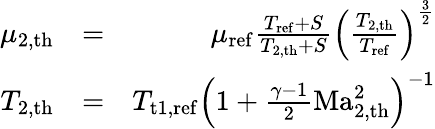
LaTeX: \begin{array}{rlr}{\mu_{{2,\mathrm{th}}}}&{=}&{\mu_{\mathrm{ref}}\frac{T_{\mathrm{ref}}+S}{T_{2,\mathrm{th}}+S}\left(\frac{T_{2,\mathrm{th}}}{T_{\mathrm{ref}}}\right)^{\frac 32}}\\ {T_{{2,\mathrm{th}}}}&{=}&{T_{\mathrm{t}1,\mathrm{ref}}\left(1+\frac{\gamma-1}{2}\mathrm{Ma}_{2,\mathrm{th}}^{2}\right)^{-1}}\end{array}